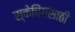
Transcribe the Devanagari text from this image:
स्केचिंगसाठी